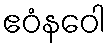
ဧဝံနဝေါ